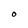
Character: O